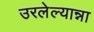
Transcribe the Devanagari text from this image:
उरलेल्यान्ना